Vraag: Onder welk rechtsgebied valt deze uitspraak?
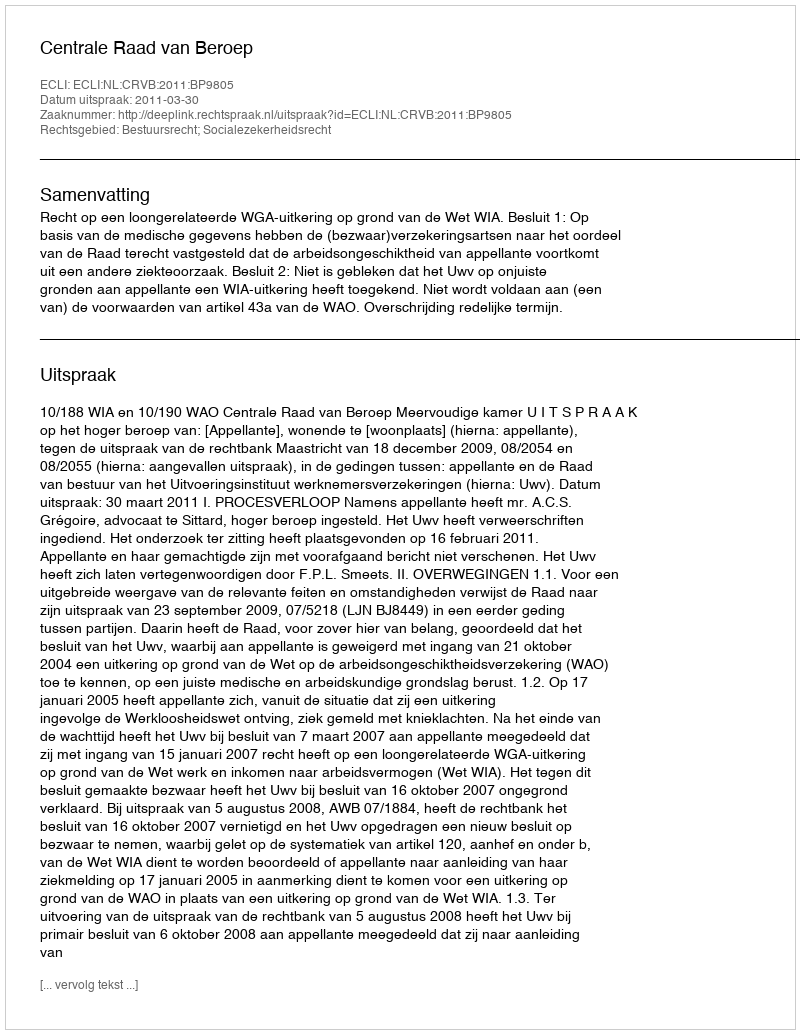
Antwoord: Bestuursrecht; Socialezekerheidsrecht